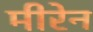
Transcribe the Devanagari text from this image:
मीरेन